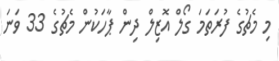
މި މެޗުގެ ފުރަތަމަ ގޯލް އޮޒިލް ދިން ޕާހަކުން މެޗުގެ 33 ވަނަ